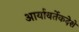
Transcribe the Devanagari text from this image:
आर्यावर्तेकदेशे